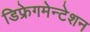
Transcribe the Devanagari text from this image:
डिफ्रेगमेन्टेशन